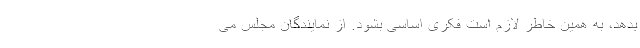
بدهد، به همین خاطر لازم است فکری اساسی بشود. از نمایندگان مجلس می